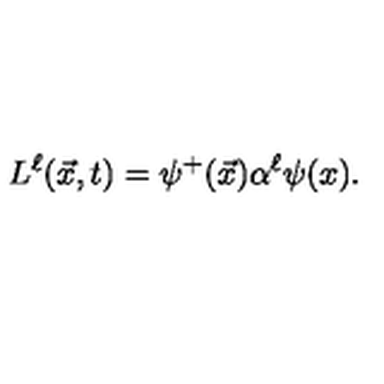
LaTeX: L ^ { \ell } ( \vec { x } , t ) = \psi ^ { + } ( \vec { x } ) \alpha ^ { \ell } \psi ( x ) .